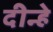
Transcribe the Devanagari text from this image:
दीन्हे